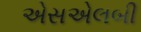
એસએલબી